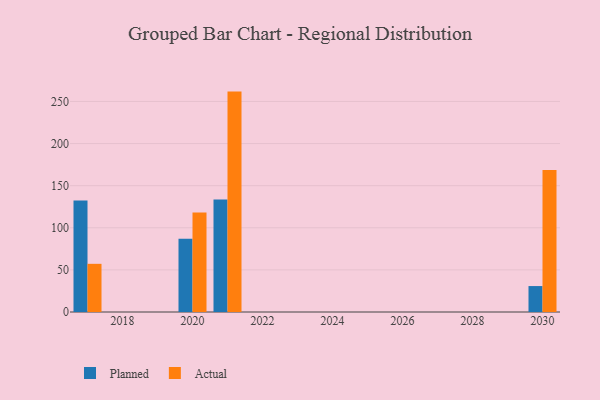
{"axis": {"x": "Year", "y": "Demand Index"}, "legend": ["Actual", "Planned"], "data": [{"x": "2030", "y": 30.8, "type": "Planned"}, {"x": "2030", "y": 168.7, "type": "Actual"}, {"x": "2017", "y": 132.4, "type": "Planned"}, {"x": "2017", "y": 57.2, "type": "Actual"}, {"x": "2020", "y": 87.0, "type": "Planned"}, {"x": "2020", "y": 118.2, "type": "Actual"}, {"x": "2021", "y": 133.6, "type": "Planned"}, {"x": "2021", "y": 261.7, "type": "Actual"}]}